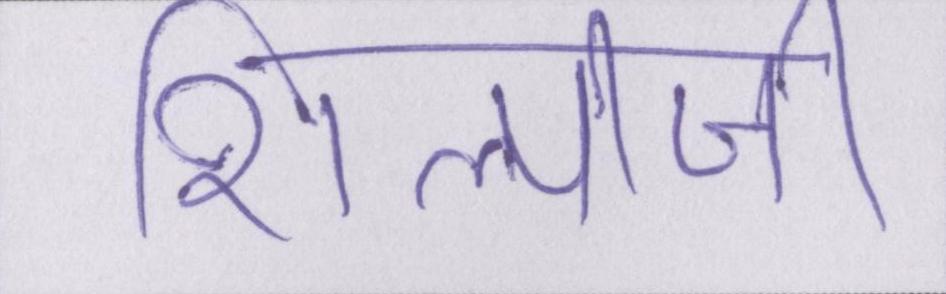
शिल्पीजी